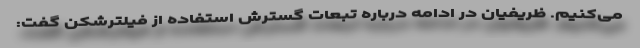
می‌کنیم. ظریفیان در ادامه درباره تبعات گسترش استفاده از فیلترشکن گفت: